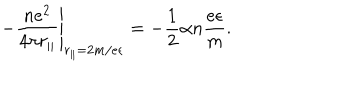
\left. - \frac { n e ^ { 2 } } { 4 \pi r _ { \Vert } } \right\vert _ { r _ { \Vert } = 2 m / e \epsilon } = - \frac 1 2 \alpha n \frac { e \epsilon } { m } .